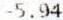
-5.94